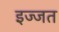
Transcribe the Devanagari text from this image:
इज्‍जत